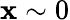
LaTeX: \mathbf{x}\sim0